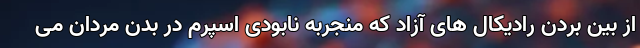
از بین بردن رادیکال های آزاد که منجربه نابودی اسپرم در بدن مردان می